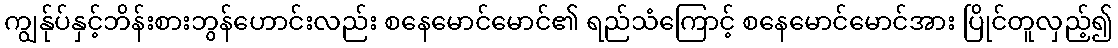
ကျွန်ုပ်နှင့်ဘိန်းစားဘွန်ဟောင်းလည်း စနေမောင်မောင်၏ ရည်သံကြောင့် စနေမောင်မောင်အား ပြိုင်တူလှည့်၍